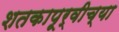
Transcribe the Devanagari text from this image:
शतकापूर्वीच्या